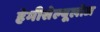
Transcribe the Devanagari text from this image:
हेमीसेल्यूलोज